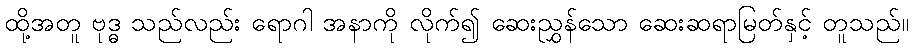
ထို့အတူ ဗုဒ္ဓ သည်လည်း ရောဂါ အနာကို လိုက်၍ ဆေးညွှန်သော ဆေးဆရာမြတ်နှင့် တူသည်။